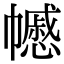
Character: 𢅪